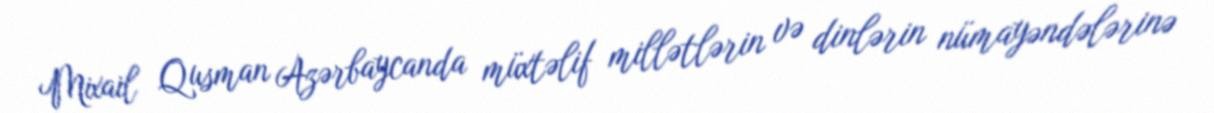
Mixail Qusman Azərbaycanda müxtəlif millətlərin və dinlərin nümayəndələrinə